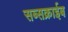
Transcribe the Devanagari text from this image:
सब्सक्राईब